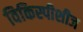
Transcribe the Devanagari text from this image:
विकिस्पीशीज